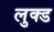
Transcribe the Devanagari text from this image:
लुक्ड